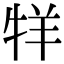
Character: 䍧